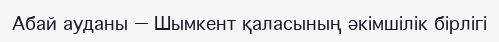
Абай ауданы — Шымкент қаласының әкімшілік бірлігі